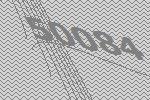
50084